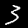
Digit: 3